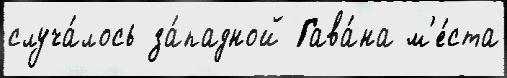
случа́лось за́падной Гава́на м'е́ста